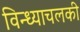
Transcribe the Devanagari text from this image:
विन्ध्याचलकी